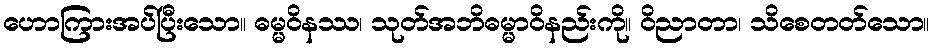
ဟောကြားအပ်ပြီးသော။ ဓမ္မဝိနဿ၊ သုတ်အဘိဓမ္မာဝိနည်းကို။ ဝိညာတာ၊ သိစေတတ်သော။